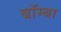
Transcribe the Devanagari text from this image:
बॉम्बा